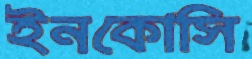
ইনকোসি